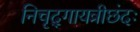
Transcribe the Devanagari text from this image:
निचृद्‌गायत्रीछंदः